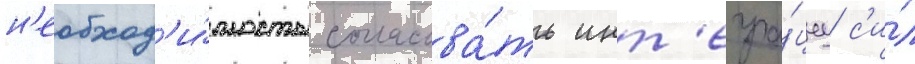
н'еобход'и́мость согласова́ть инт'егра́циу с'и́л